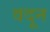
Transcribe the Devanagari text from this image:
वदून